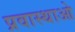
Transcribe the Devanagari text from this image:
प्रवास्थाओ